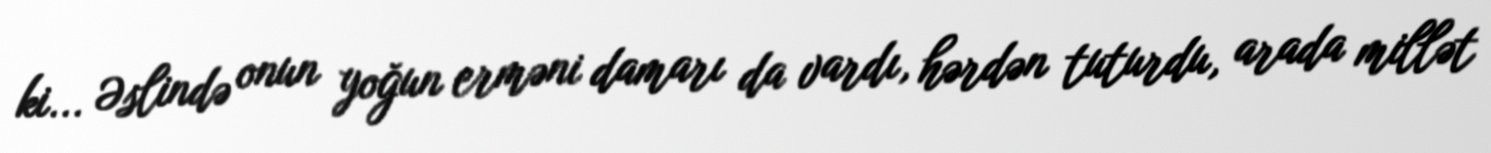
ki... Əslində onun yoğun erməni damarı da vardı, hərdən tuturdu, arada millət